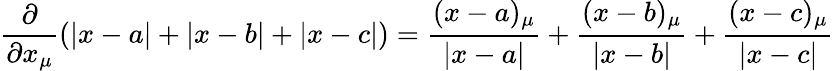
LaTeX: \frac{\partial}{\partial x_{\mu}}(\left|x-a\right|+\left|x-b\right|+\left|x-c\right|)=\frac{(x-a)_{\mu}}{\left|x-a\right|}+\frac{(x-b)_{\mu}}{\left|x-b\right|}+\frac{(x-c)_{\mu}}{\left|x-c\right|}